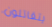
يتقاتلون